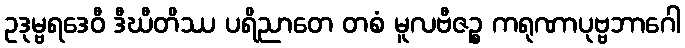
ဥဒုမ္ဗရဒေဝီ ဒီဃီတိဿ ပရိညာတေ တစံ မူလဗီဇဉ္စ ကရုဏာပုဗ္ဗဘာဂေါ